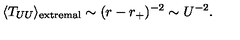
\langle T _ { U U } \rangle _ { \mathrm { e x t r e m a l } } \sim ( r - r _ { + } ) ^ { - 2 } \sim U ^ { - 2 } .